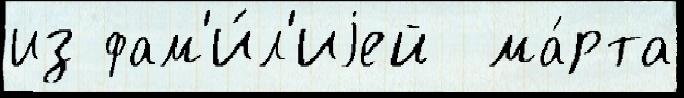
из фам'и́л'иjей  ма́рта